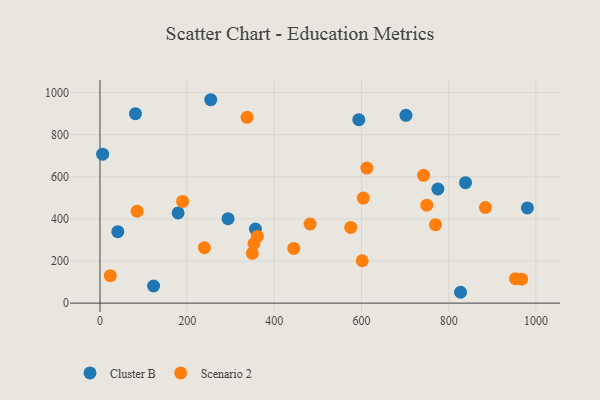
{"axis": {"x": "Speed", "y": "Salary"}, "legend": ["Cluster B", "Scenario 2"], "data": [{"x": "81.4", "y": 899.7, "type": "Cluster B"}, {"x": "701.9", "y": 891.6, "type": "Cluster B"}, {"x": "593.8", "y": 871.2, "type": "Cluster B"}, {"x": "6.1", "y": 707.2, "type": "Cluster B"}, {"x": "293.8", "y": 401.0, "type": "Cluster B"}, {"x": "123.0", "y": 81.4, "type": "Cluster B"}, {"x": "980.5", "y": 452.0, "type": "Cluster B"}, {"x": "179.3", "y": 428.5, "type": "Cluster B"}, {"x": "838.6", "y": 571.9, "type": "Cluster B"}, {"x": "254.1", "y": 965.8, "type": "Cluster B"}, {"x": "827.2", "y": 51.5, "type": "Cluster B"}, {"x": "356.6", "y": 351.9, "type": "Cluster B"}, {"x": "775.2", "y": 542.0, "type": "Cluster B"}, {"x": "40.9", "y": 339.3, "type": "Cluster B"}, {"x": "749.7", "y": 465.2, "type": "Scenario 2"}, {"x": "575.3", "y": 359.6, "type": "Scenario 2"}, {"x": "953.1", "y": 115.8, "type": "Scenario 2"}, {"x": "337.4", "y": 882.1, "type": "Scenario 2"}, {"x": "189.6", "y": 482.7, "type": "Scenario 2"}, {"x": "612.2", "y": 641.3, "type": "Scenario 2"}, {"x": "239.5", "y": 263.5, "type": "Scenario 2"}, {"x": "482.0", "y": 375.7, "type": "Scenario 2"}, {"x": "444.5", "y": 259.7, "type": "Scenario 2"}, {"x": "353.2", "y": 283.2, "type": "Scenario 2"}, {"x": "967.3", "y": 113.7, "type": "Scenario 2"}, {"x": "604.1", "y": 499.0, "type": "Scenario 2"}, {"x": "742.3", "y": 606.9, "type": "Scenario 2"}, {"x": "23.7", "y": 130.2, "type": "Scenario 2"}, {"x": "85.2", "y": 436.3, "type": "Scenario 2"}, {"x": "769.8", "y": 372.6, "type": "Scenario 2"}, {"x": "349.4", "y": 236.3, "type": "Scenario 2"}, {"x": "361.1", "y": 316.8, "type": "Scenario 2"}, {"x": "884.2", "y": 454.0, "type": "Scenario 2"}, {"x": "601.5", "y": 201.2, "type": "Scenario 2"}]}